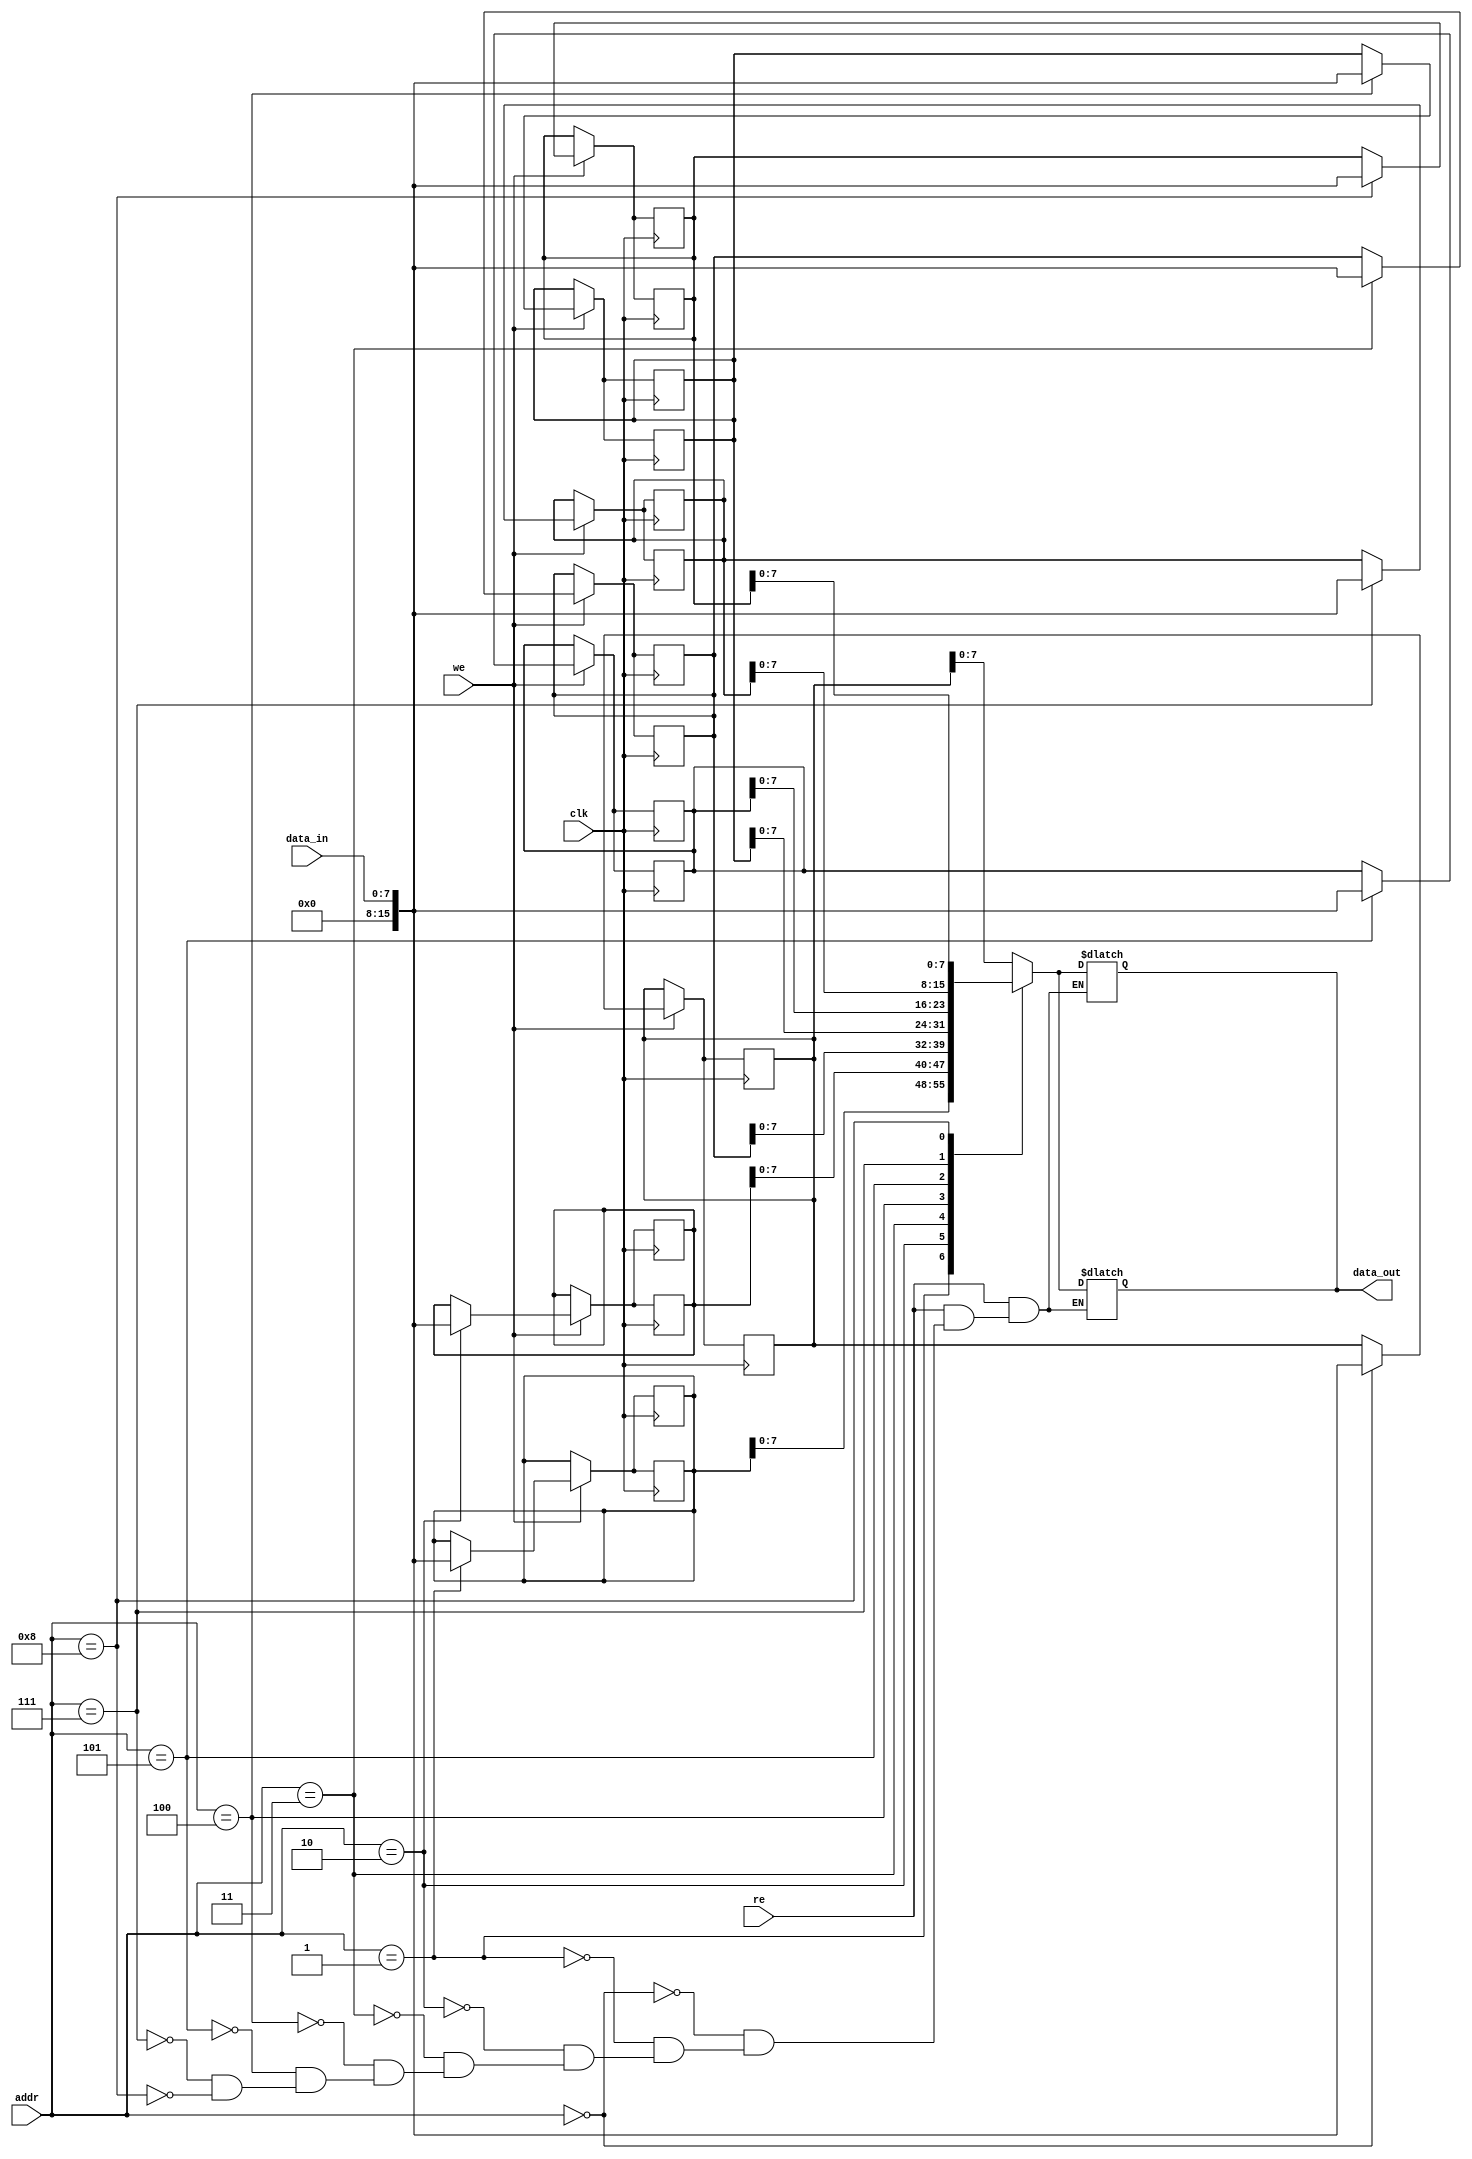
module reg16( clk, re,we,addr,data_in,data_out);
input clk; 
input re; 
input we;
input [3:0] addr;
input [7:0] data_in;
output [7:0] data_out;

// first mistake was using register, so use wire this time

reg [15:0] reg0,reg1,reg2,reg3; // we need 4 reads and 4 writes
reg [15:0]reg4,reg5,reg6,reg7; 



always @ (posedge clk) begin
 if (we == 1)
 begin
 case (addr)
    4'b0000: reg0 <= data_in;
    4'b0001: reg1 <= data_in;
    4'b0010: reg2 <= data_in;
    4'b0011: reg3 <= data_in;
    4'b0100: reg4 <= data_in;
    4'b0101: reg5 <= data_in;
    4'b0111: reg6 <= data_in;
    4'b1000: reg7 <= data_in;
 endcase
end
 end

always @(*)
 begin
 if (re==1)
 begin
 case(addr)
    4'b0000: data_out = reg0;
   4'b0001: data_out = reg1;
    4'b0010: data_out = reg2;
   4'b0011: data_out = reg3;
    4'b0100: data_out = reg4;
    4'b0101: data_out = reg5;
    4'b0111: data_out = reg6;
   4'b1000: data_out = reg7;
 endcase
 end

 else 
 data_out = 16'bz;
 end
wire [15:0] reg0,reg1,reg2,reg3; // we need 4 reads and 4 writes
wire [15:0] wri0,wri1,wri2,wri3; 

// we have to instatiate, because it didn't work with previous code: for editing the case
// this is similar to how you instantiated in your testbench
// so the only thing we add is that we and re goes from 0 to 4
//  reg16 reg4(.clk(clk), .re(reg0), .we(wri0), .addr(addr), .data_in(data_in), .data_out(data_out));
// reg16 reg8(.clk(clk), .re(reg1), .we(wri1), .addr(addr), .data_in(data_in), .data_out(data_out));
// reg16 reg12(.clk(clk), .re(reg2), .we(wri2), .addr(addr), .data_in(data_in), .data_out(data_out));
// reg16 reg16(.clk(clk), .re(reg3), .we(wr3), .addr(addr), .data_in(data_in), .data_out(data_out));////  


// this was similar to our previous lab, which was lab four:wq

// one is for write
//assign we0 = (addr[3:0] == 0 ) ? 1 : 0;
//assign we1 = (addr[3:0] == 1 ) ? 1 : 0;
//assign we2 = (addr[3:0] == 2 ) ? 1 : 0;
//assign we3 = (addr[3:0] == 3 ) ? 1 : 0;
// one is for read
//assign re0 = (addr[3:0] == 0 ) ? 1 : 0;
//assign re1 = (addr[3:0] == 1 ) ? 1 : 0;
//assign re2 = (addr[3:0] == 2 ) ? 1 : 0;
//assign re3 = (addr[3:0] == 3 ) ? 1 : 0;

// assign we0 = (addr[3:0] == 0 ) ? 1 : 0;
// assign we1 = (addr[3:0] == 1 ) ? 1 : 0;
// assign we2 = (addr[3:0] == 2 ) ? 1 : 0;
// assign we3 = (addr[3:0] == 3 ) ? 1 : 0;

// assign re0 = (addr[3:0] == 0 ) ? 1 : 0;
// assign re1 = (addr[3:0] == 1 ) ? 1 : 0;
// assign re2 = (addr[3:0] == 2 ) ? 1 : 0;
// assign re3 = (addr[3:0] == 3 ) ? 1 : 0;



// reg [7:0] reg0,reg1,reg2,reg3;
// wire []
always @ (posedge clk) begin
 if (we == 1)
 begin
 case (addr)
    4'b0000: reg0 <= data_in;
    4'b0001: reg1 <= data_in;
    4'b0010: reg2 <= data_in;
    4'b0011: reg3 <= data_in;
    4'b0100: reg4 <= data_in;
    4'b0101: reg5 <= data_in;
    4'b0111: reg6 <= data_in;
    4'b1000: reg7 <= data_in;
 endcase
end
 end

always @(*)
 begin
 if (re==1)
 begin
 case(addr)
    4'b0000: data_out = reg0;
   4'b0001: data_out = reg1;
    4'b0010: data_out = reg2;
   4'b0011: data_out = reg3;
    4'b0100: data_out = reg4;
    4'b0101: data_out = reg5;
    4'b0111: data_out = reg6;
   4'b1000: data_out = reg7;
 endcase
 end

 else 
 data_out = 16'bz;
 end

endmodule